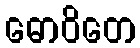
ဓောဝိတေ